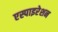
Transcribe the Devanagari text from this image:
एस्पाइरेशन